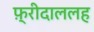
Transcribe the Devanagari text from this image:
फ़्रीदाललह